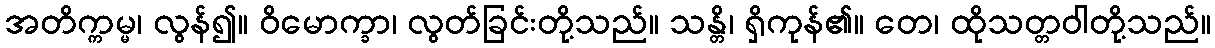
အတိက္ကမ္မ၊ လွန်၍။ ဝိမောက္ခာ၊ လွတ်ခြင်းတို့သည်။ သန္တိ၊ ရှိကုန်၏။ တေ၊ ထိုသတ္တဝါတို့သည်။